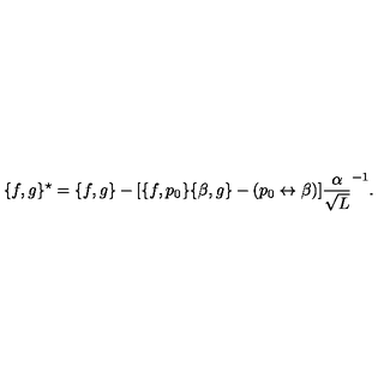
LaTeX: \{ f , g \} ^ { \star } = \{ f , g \} - [ \{ f , p _ { 0 } \} \{ \beta , g \} - ( p _ { 0 } \leftrightarrow \beta ) ] \frac { \alpha } { \sqrt { L } } ^ { - 1 } .